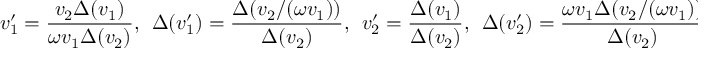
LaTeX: v _ { 1 } ^ { \prime } = \frac { v _ { 2 } \Delta ( v _ { 1 } ) } { \omega v _ { 1 } \Delta ( v _ { 2 } ) } , ~ ~ \Delta ( v _ { 1 } ^ { \prime } ) = \frac { \Delta ( v _ { 2 } / ( \omega v _ { 1 } ) ) } { \Delta ( v _ { 2 } ) } , ~ ~ v _ { 2 } ^ { \prime } = \frac { \Delta ( v _ { 1 } ) } { \Delta ( v _ { 2 } ) } , ~ ~ \Delta ( v _ { 2 } ^ { \prime } ) = \frac { \omega v _ { 1 } \Delta ( v _ { 2 } / ( \omega v _ { 1 } ) ) } { \Delta ( v _ { 2 } ) } ;